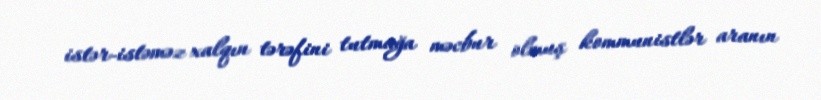
istər-istəməz xalqın tərəfini tutmağa məcbur olmuş kommunistlər aranın